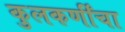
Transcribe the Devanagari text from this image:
कुलकर्णींचा